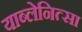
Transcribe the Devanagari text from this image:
याब्लेनित्सा